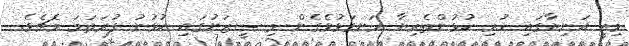
މިއީ އަނިޔާގައި ހުރި ކުޅުންތެރިޔާ ރަނގަޅުވެގެން މި ސީޒަނުގައި ކުޅުނު ފުރަތަމަ މެޗެވެ.